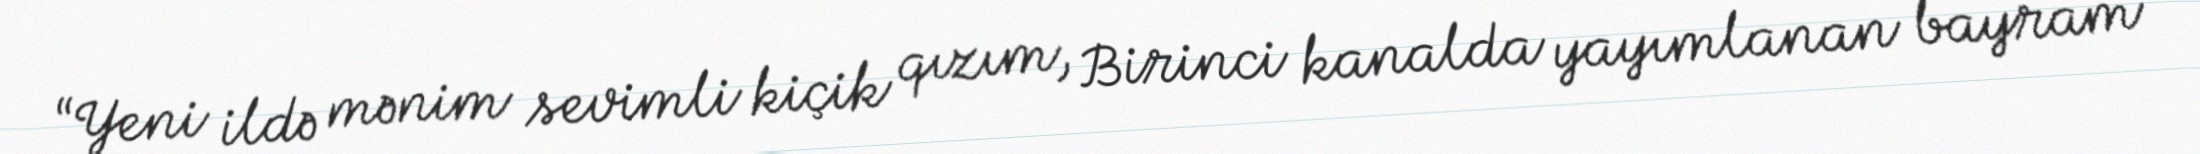
“Yeni ildə mənim sevimli kiçik qızım, Birinci kanalda yayımlanan bayram